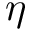
\eta